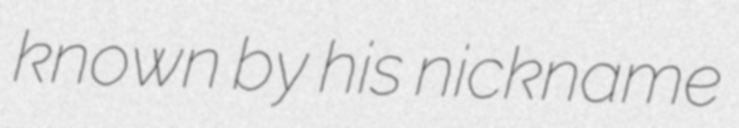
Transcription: known by his nickname